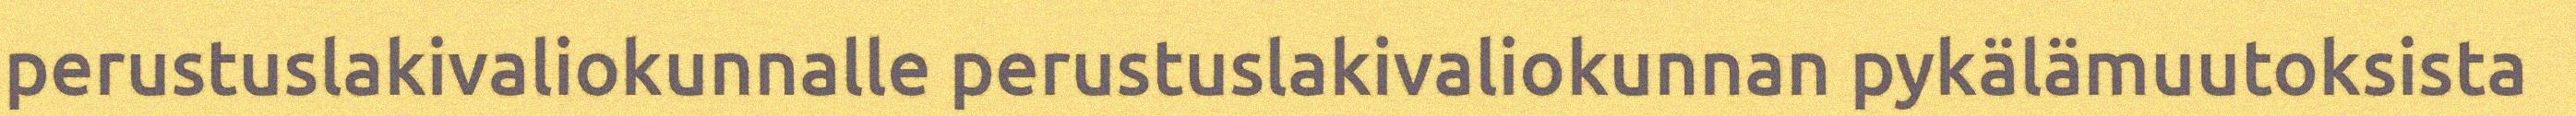
perustuslakivaliokunnalle perustuslakivaliokunnan pykälämuutoksista